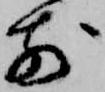
前